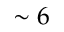
\sim 6